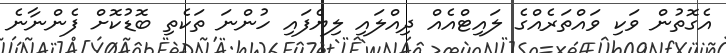
އެގޮތުން ވަކި ވައްތަރެއްގެ ލައިޓްއެއް ދިއްލައި ލިޔެފައި ހުންނަ ތަކެތި ބޮޑުކޮށް ފެންނާނެ